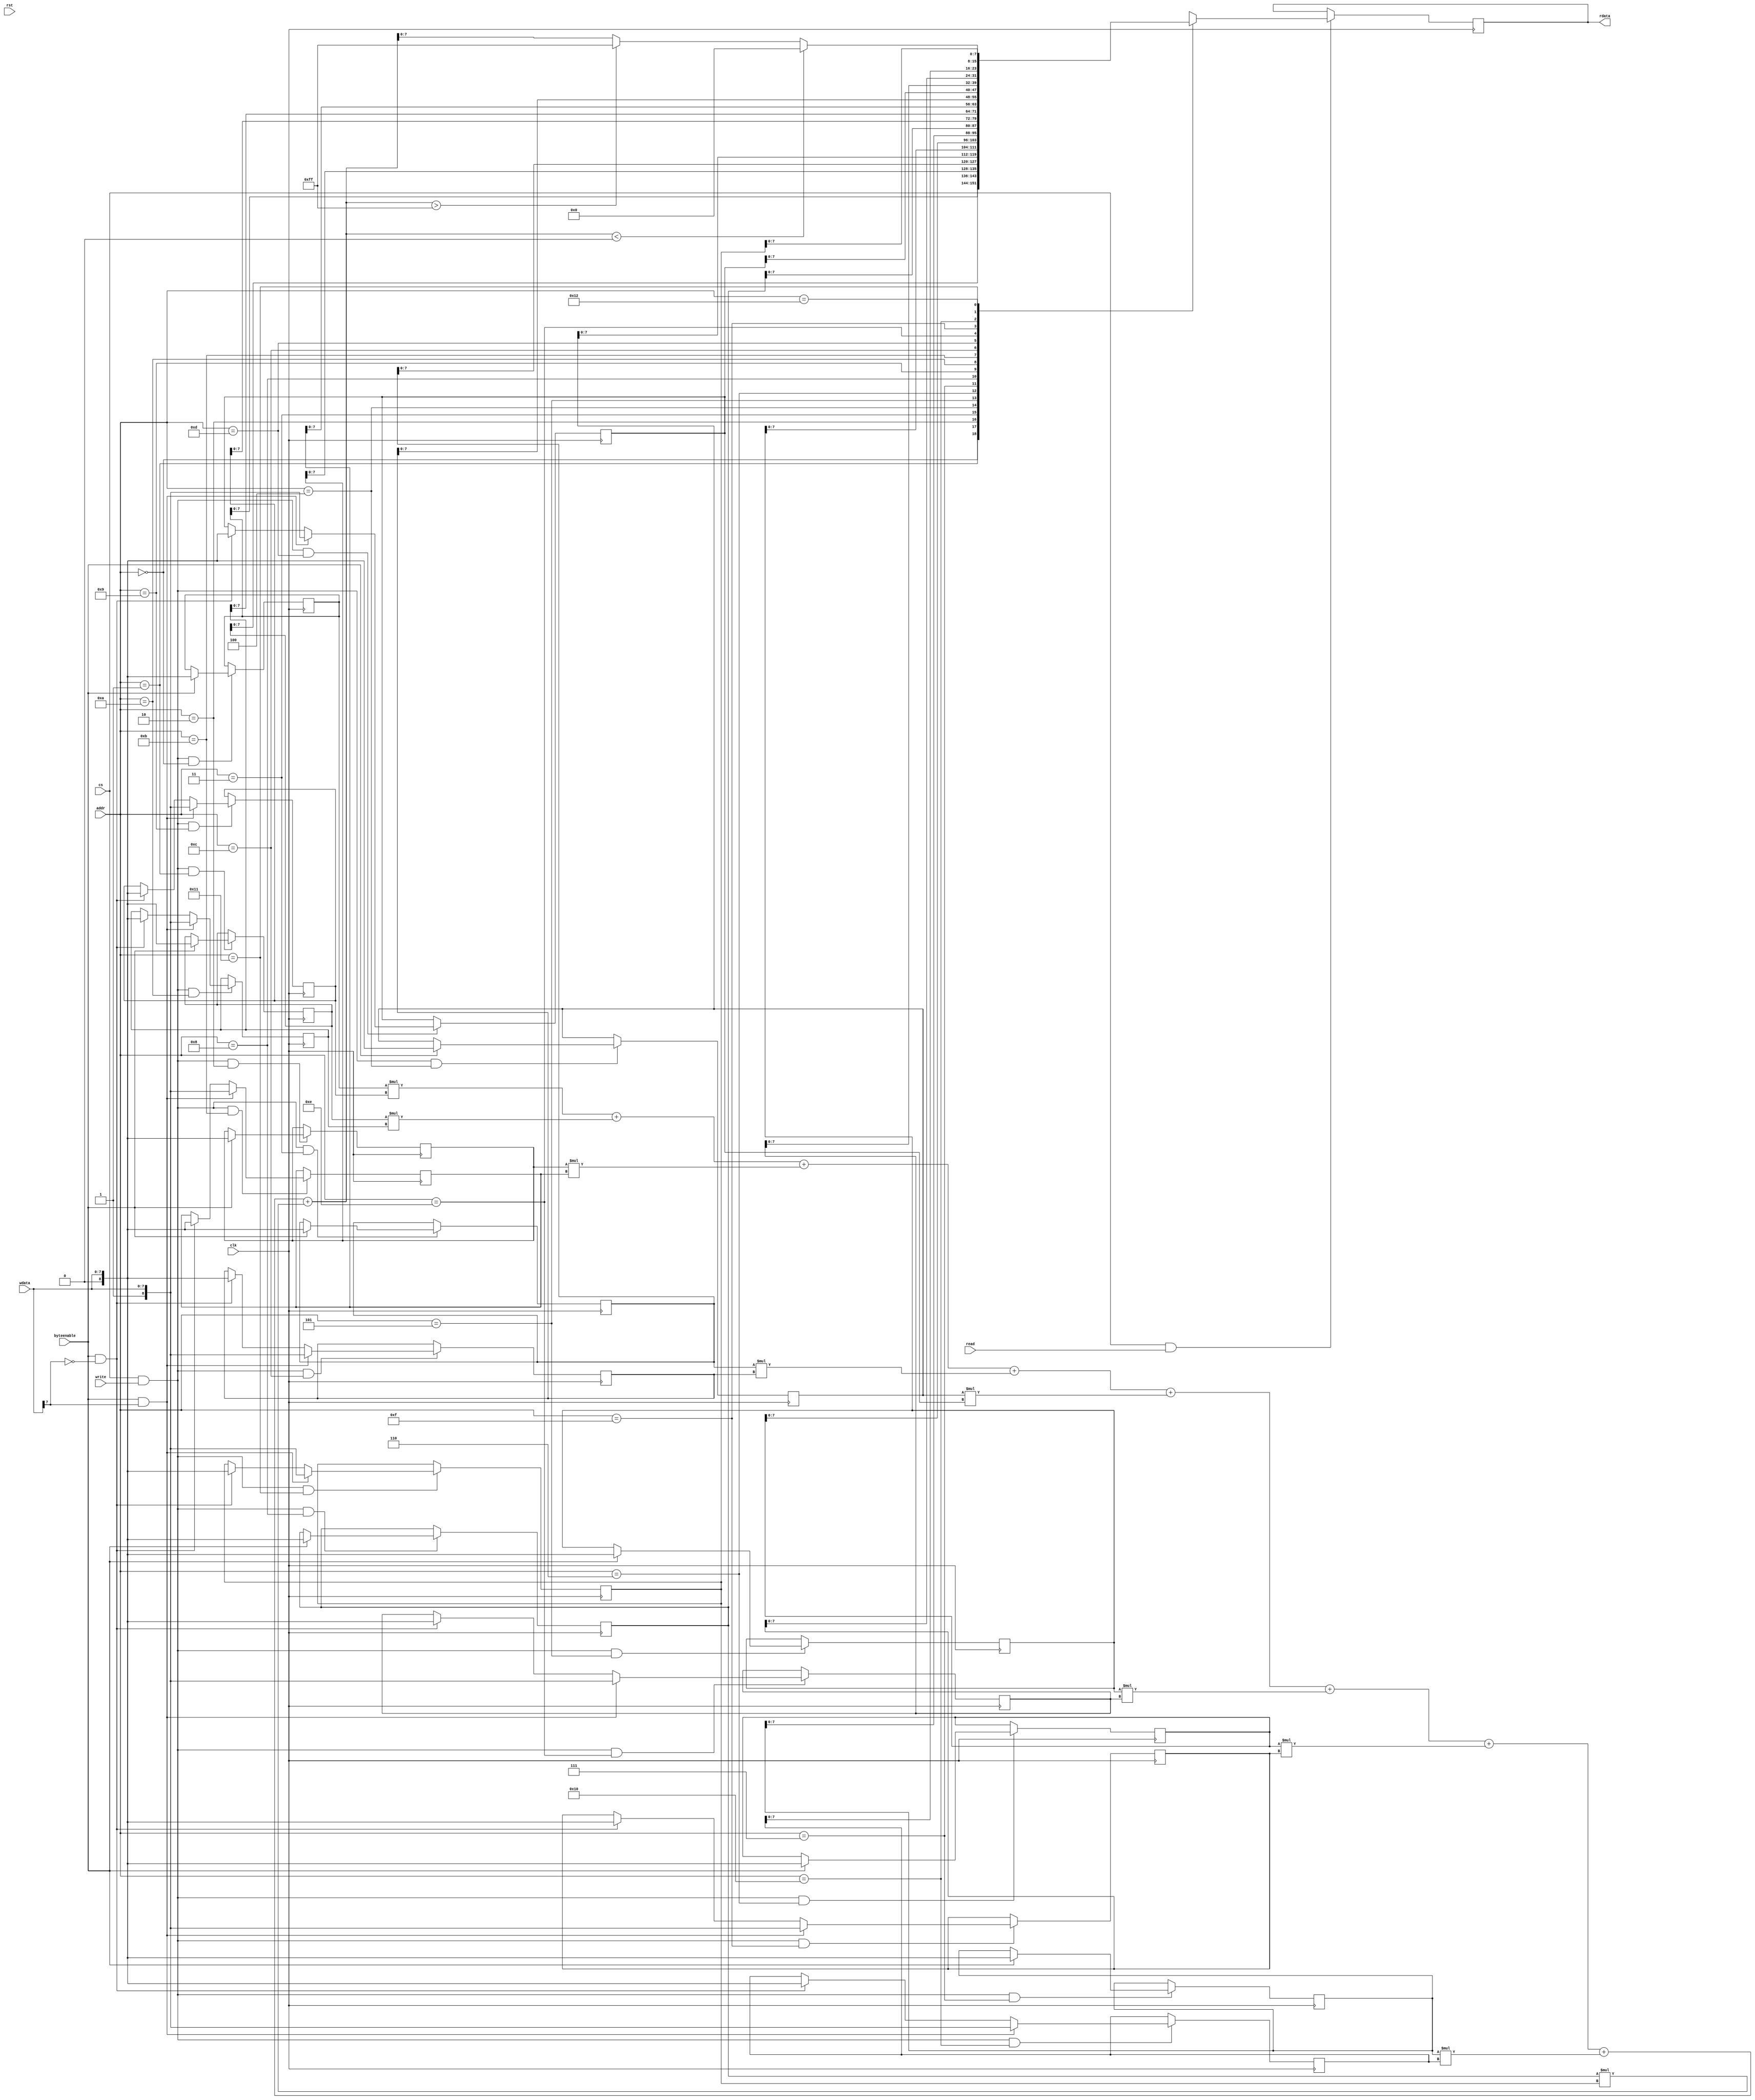

module CONV_MODULE(
    input wire [4:0] addr,
    output reg [7:0] rdata,
    input wire [7:0] wdata,
    input wire byteenable,
    input wire cs,
    input wire read,
    input wire write,

    input wire clk,
    input wire rst

);

reg signed [8:0] data00;
reg signed [8:0] data01;
reg signed [8:0] data02;
reg signed [8:0] data10;
reg signed [8:0] data11;
reg signed [8:0] data12;
reg signed [8:0] data20;
reg signed [8:0] data21;
reg signed [8:0] data22;

reg signed [8:0] filter00;
reg signed [8:0] filter01;
reg signed [8:0] filter02;
reg signed [8:0] filter10;
reg signed [8:0] filter11;
reg signed [8:0] filter12;
reg signed [8:0] filter20;
reg signed [8:0] filter21;
reg signed [8:0] filter22;

wire signed [17:0] sum = data00 * filter00 + data01 * filter01 + data02 * filter02 +
                         data10 * filter10 + data11 * filter11 + data12 * filter12 +
                         data20 * filter20 + data21 * filter21 + data22 * filter22;

wire [7:0] conv_result = (sum<0) ? 0 : (sum>8'hff)? 8'hff : sum[7:0];




always @ (posedge clk)
    if(cs & write & (addr == 5'd0)) begin
        if(byteenable) data00[8:0] <= {1'b0, wdata[7:0]};
    end

always @ (posedge clk)
    if(cs & write & (addr == 5'd1)) begin
        if(byteenable) data01[8:0] <= {1'b0, wdata[7:0]};
    end
always @ (posedge clk)
    if(cs & write & (addr == 5'd2)) begin
        if(byteenable) data02[8:0] <= {1'b0, wdata[7:0]};
    end
always @ (posedge clk)
    if(cs & write & (addr == 5'd3)) begin
        if(byteenable) data10[8:0] <= {1'b0, wdata[7:0]};
    end
always @ (posedge clk)
    if(cs & write & (addr == 5'd4)) begin
        if(byteenable) data11[8:0] <= {1'b0, wdata[7:0]};
    end
always @ (posedge clk)
    if(cs & write & (addr == 5'd5)) begin
        if(byteenable) data12[8:0] <= {1'b0, wdata[7:0]};
    end
always @ (posedge clk)
    if(cs & write & (addr == 5'd6)) begin
        if(byteenable) data20[8:0] <= {1'b0, wdata[7:0]};
    end
always @ (posedge clk)
    if(cs & write & (addr == 5'd7)) begin
        if(byteenable) data21[8:0] <= {1'b0, wdata[7:0]};
    end
always @ (posedge clk)
    if(cs & write & (addr == 5'd8)) begin
        if(byteenable) data22[8:0] <= {1'b0, wdata[7:0]};
    end
always @ (posedge clk)
    if(cs & write & (addr == 5'd9)) begin
        if(byteenable & wdata[7]) filter00[8:0] <= {1'b1, wdata[7:0]};
        else if(byteenable & (~wdata[7])) filter00[8:0] <= {1'b0, wdata[7:0]};
    end
always @ (posedge clk)
    if(cs & write & (addr == 5'd10)) begin
        if(byteenable & wdata[7]) filter01[8:0] <= {1'b1, wdata[7:0]};
        else if(byteenable & (~wdata[7])) filter01[8:0] <= {1'b0, wdata[7:0]};
    end
always @ (posedge clk)
    if(cs & write & (addr == 5'd11)) begin
        if(byteenable & wdata[7]) filter02[8:0] <= {1'b1, wdata[7:0]};
        else if(byteenable & (~wdata[7])) filter02[8:0] <= {1'b0, wdata[7:0]};
    end
always @ (posedge clk)
    if(cs & write & (addr == 5'd12)) begin
        if(byteenable & wdata[7]) filter10[8:0] <= {1'b1, wdata[7:0]};
        else if(byteenable & (~wdata[7])) filter10[8:0] <= {1'b0, wdata[7:0]};
    end
always @ (posedge clk)
    if(cs & write & (addr == 5'd13)) begin
        if(byteenable & wdata[7]) filter11[8:0] <= {1'b1, wdata[7:0]};
        else if(byteenable & (~wdata[7])) filter11[8:0] <= {1'b0, wdata[7:0]};
    end
always @ (posedge clk)
    if(cs & write & (addr == 5'd14)) begin
        if(byteenable & wdata[7]) filter12[8:0] <= {1'b1, wdata[7:0]};
        else if(byteenable & (~wdata[7])) filter12[8:0] <= {1'b0, wdata[7:0]};
    end
always @ (posedge clk)
    if(cs & write & (addr == 5'd15)) begin
        if(byteenable & wdata[7]) filter20[8:0] <= {1'b1, wdata[7:0]};
        else if(byteenable & (~wdata[7])) filter20[8:0] <= {1'b0, wdata[7:0]};
    end
always @ (posedge clk)
    if(cs & write & (addr == 5'd16)) begin
        if(byteenable & wdata[7]) filter21[8:0] <= {1'b1, wdata[7:0]};
        else if(byteenable & (~wdata[7])) filter21[8:0] <= {1'b0, wdata[7:0]};
    end
always @ (posedge clk)
    if(cs & write & (addr == 5'd17)) begin
        if(byteenable & wdata[7]) filter22[8:0] <= {1'b1, wdata[7:0]};
        else if(byteenable & (~wdata[7])) filter22[8:0] <= {1'b0, wdata[7:0]};
    end

always @ (posedge clk)
    if(cs & read)
            case(addr)
                5'd0 : rdata <= data00;
                5'd1 : rdata <= data01;
                5'd2 : rdata <= data02;
                5'd3 : rdata <= data10;
                5'd4 : rdata <= data11;
                5'd5 : rdata <= data12;
                5'd6 : rdata <= data20;
                5'd7 : rdata <= data21;
                5'd8 : rdata <= data22;
                5'd9 : rdata <= filter00;
                5'd10 : rdata <= filter01;
                5'd11 : rdata <= filter02;
                5'd12 : rdata <= filter10;
                5'd13 : rdata <= filter11;
                5'd14 : rdata <= filter12;
                5'd15 : rdata <= filter20;
                5'd16 : rdata <= filter21;
                5'd17 : rdata <= filter22;
                5'd18 : rdata <= conv_result[7:0];
                default: rdata <= 32'dx;
            endcase


endmodule